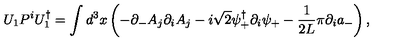
U _ { 1 } P ^ { i } U _ { 1 } ^ { \dagger } = \int d ^ { 3 } x \left( - \partial _ { - } A _ { j } \partial _ { i } A _ { j } - i \sqrt { 2 } \psi _ { + } ^ { \dagger } \partial _ { i } \psi _ { + } - \frac { 1 } { 2 L } \pi \partial _ { i } a _ { - } \right) ,